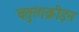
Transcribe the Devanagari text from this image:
चतुरंगक्रीड़न